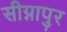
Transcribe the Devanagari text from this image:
सीग्नापुर